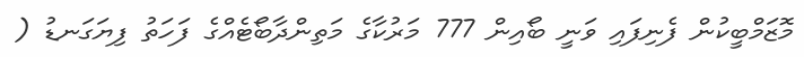
މޮޒަމްބީކުން ފެނިފައި ވަނީ ބޯއިން 777 މަރުކާގެ މަތިންދާބޯޓެއްގެ ފަހަތު ފިޔަގަނޑު (